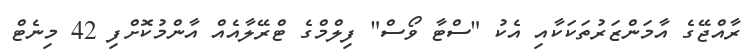
ރާއްޖޭގެ އާމަންޒަރުތަކަކާއި އެކު "ސްޓާ ވޯސް" ފިލްމްގެ ޓްރޭލާއެއް އާންމުކޮށްފި 42 މިނެޓް